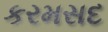
કરમસદ